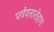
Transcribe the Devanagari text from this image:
पर्ववतारोहण